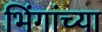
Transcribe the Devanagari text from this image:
भिंगांच्या